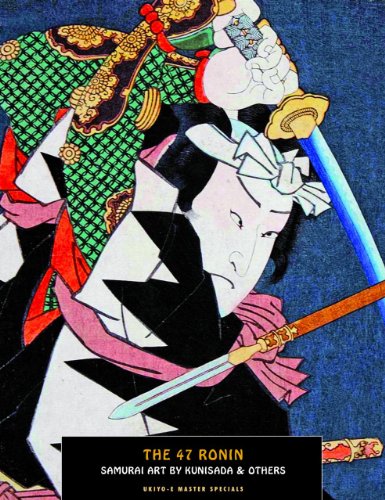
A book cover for The 47 Ronin: Samurai Art by Kunisada (Ukiyo-e Master Specials); Utagawa Kunisada; Arts & Photography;